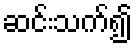
ဆင်းသက်၍